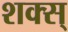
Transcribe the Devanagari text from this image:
शक्स्